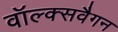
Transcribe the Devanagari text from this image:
वॉल्क्सवैगन